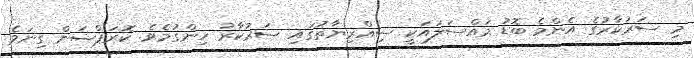
މި ސަރުކާރުގެ އެންމެ ބޮޑު މައްސަލައަކީ ސިއްރިޔާތުގައި ސަރުކާރު ހިންގުމެވެ. ކޮރަޕްޝަން ގިނަވެ